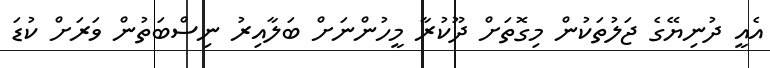
އެއީ ދުނިޔޭގެ ޖަލުތަކުން މިގޮތަށް ދޫކުރާ މީހުންނަށް ބަލާއިރު ނިސްބަތުން ވަރަށް ކުޑަ